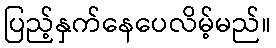
ပြည့်နှက်နေပေလိမ့်မည်။